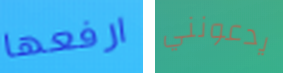
ارفعها يدعونني